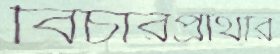
বিচারপ্রার্থীর